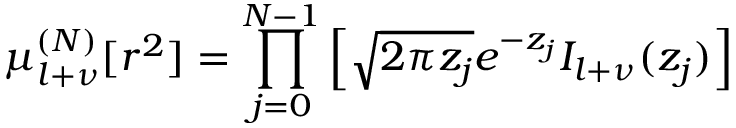
\mu _ { l + \nu } ^ { ( N ) } [ r ^ { 2 } ] = \prod _ { j = 0 } ^ { N - 1 } \left[ \sqrt { 2 \pi z _ { j } } e ^ { - z _ { j } } I _ { l + \nu } ( z _ { j } ) \right] \;